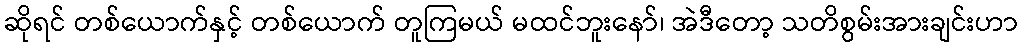
ဆိုရင် တစ်ယောက်နှင့် တစ်ယောက် တူကြမယ် မထင်ဘူးနော်၊ အဲဒီတော့ သတိစွမ်းအားချင်းဟာ